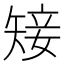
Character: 𥏡